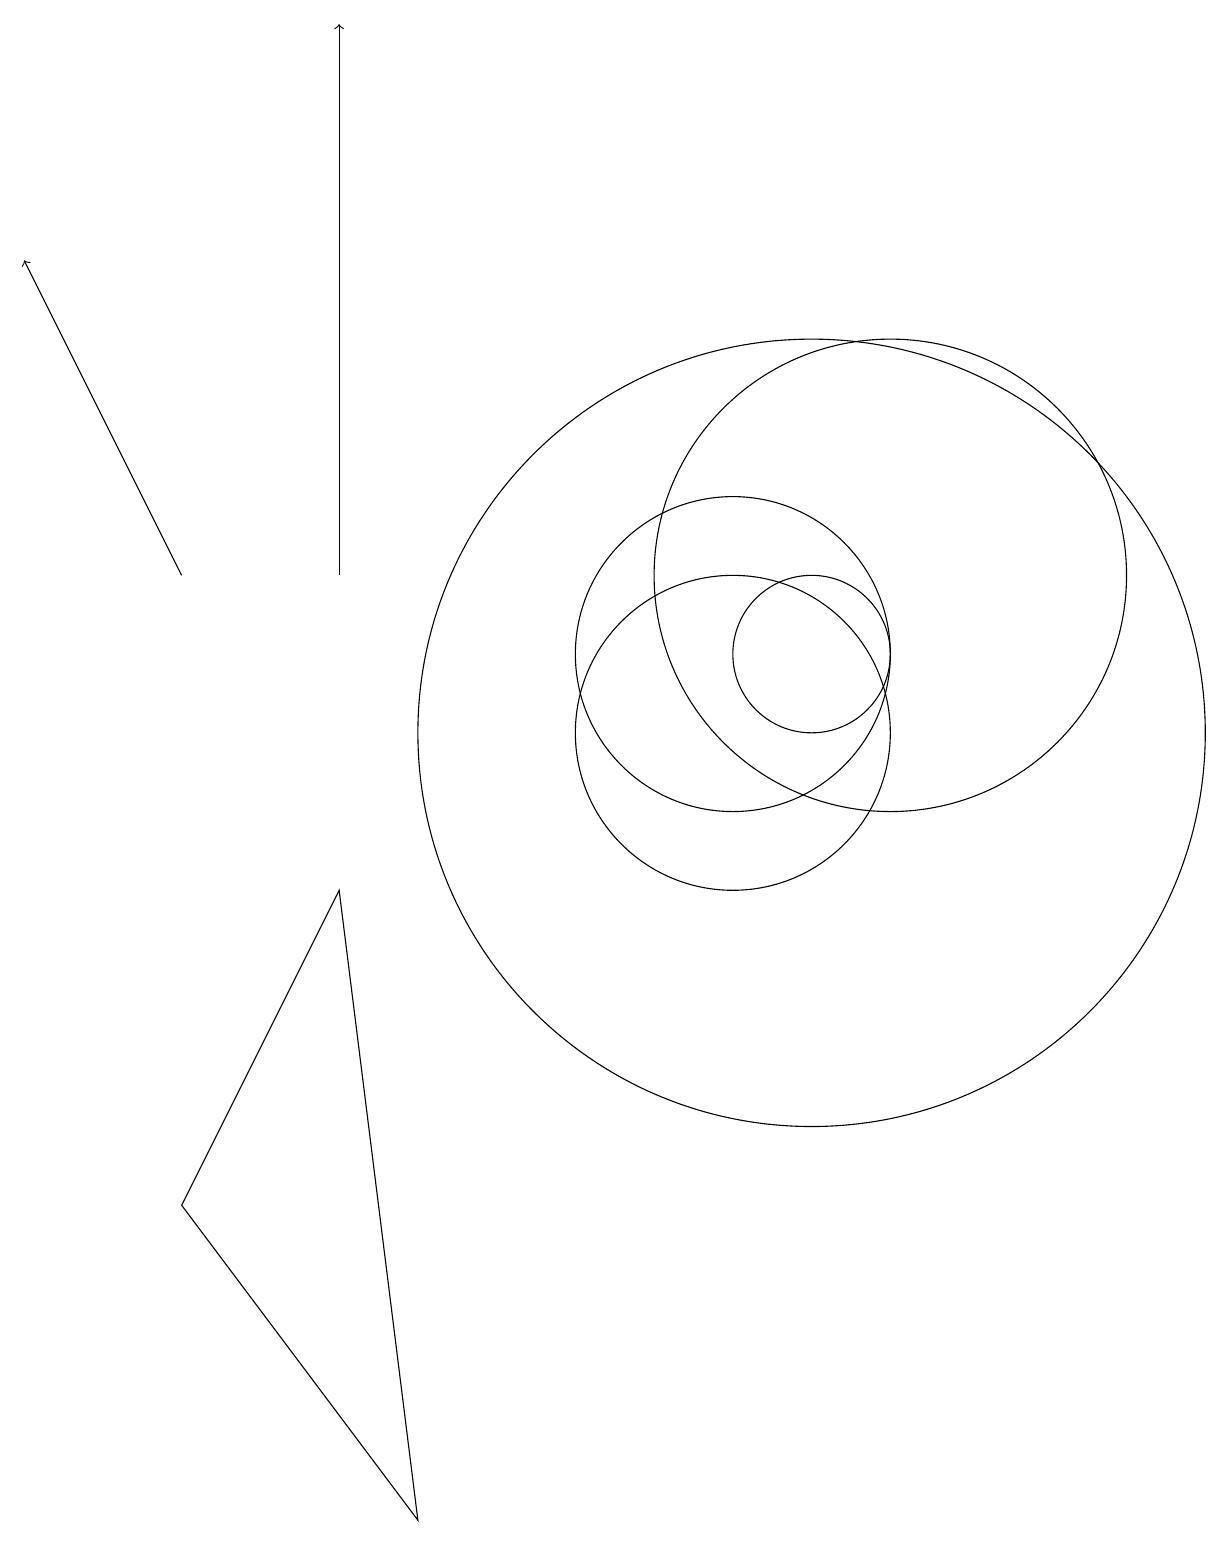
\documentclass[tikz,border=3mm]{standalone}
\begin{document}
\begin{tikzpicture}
\draw (11,11) circle (1);
\draw[->] (3,12) -- (1,16);
\draw (12,12) circle (3);
\draw[->] (5,12) -- (5,19);
\draw (10,11) circle (2);
\draw (11,10) circle (5);
\draw (10,10) circle (2);
\draw (5,8) -- (3,4) -- (6,0) -- cycle;
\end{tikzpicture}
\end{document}